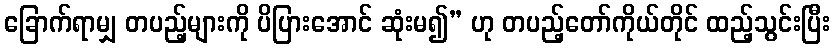
ခြောက်ရာမျှ တပည့်များကို ပိပြားအောင် ဆုံးမ၍” ဟု တပည့်တော်ကိုယ်တိုင် ထည့်သွင်းပြီး